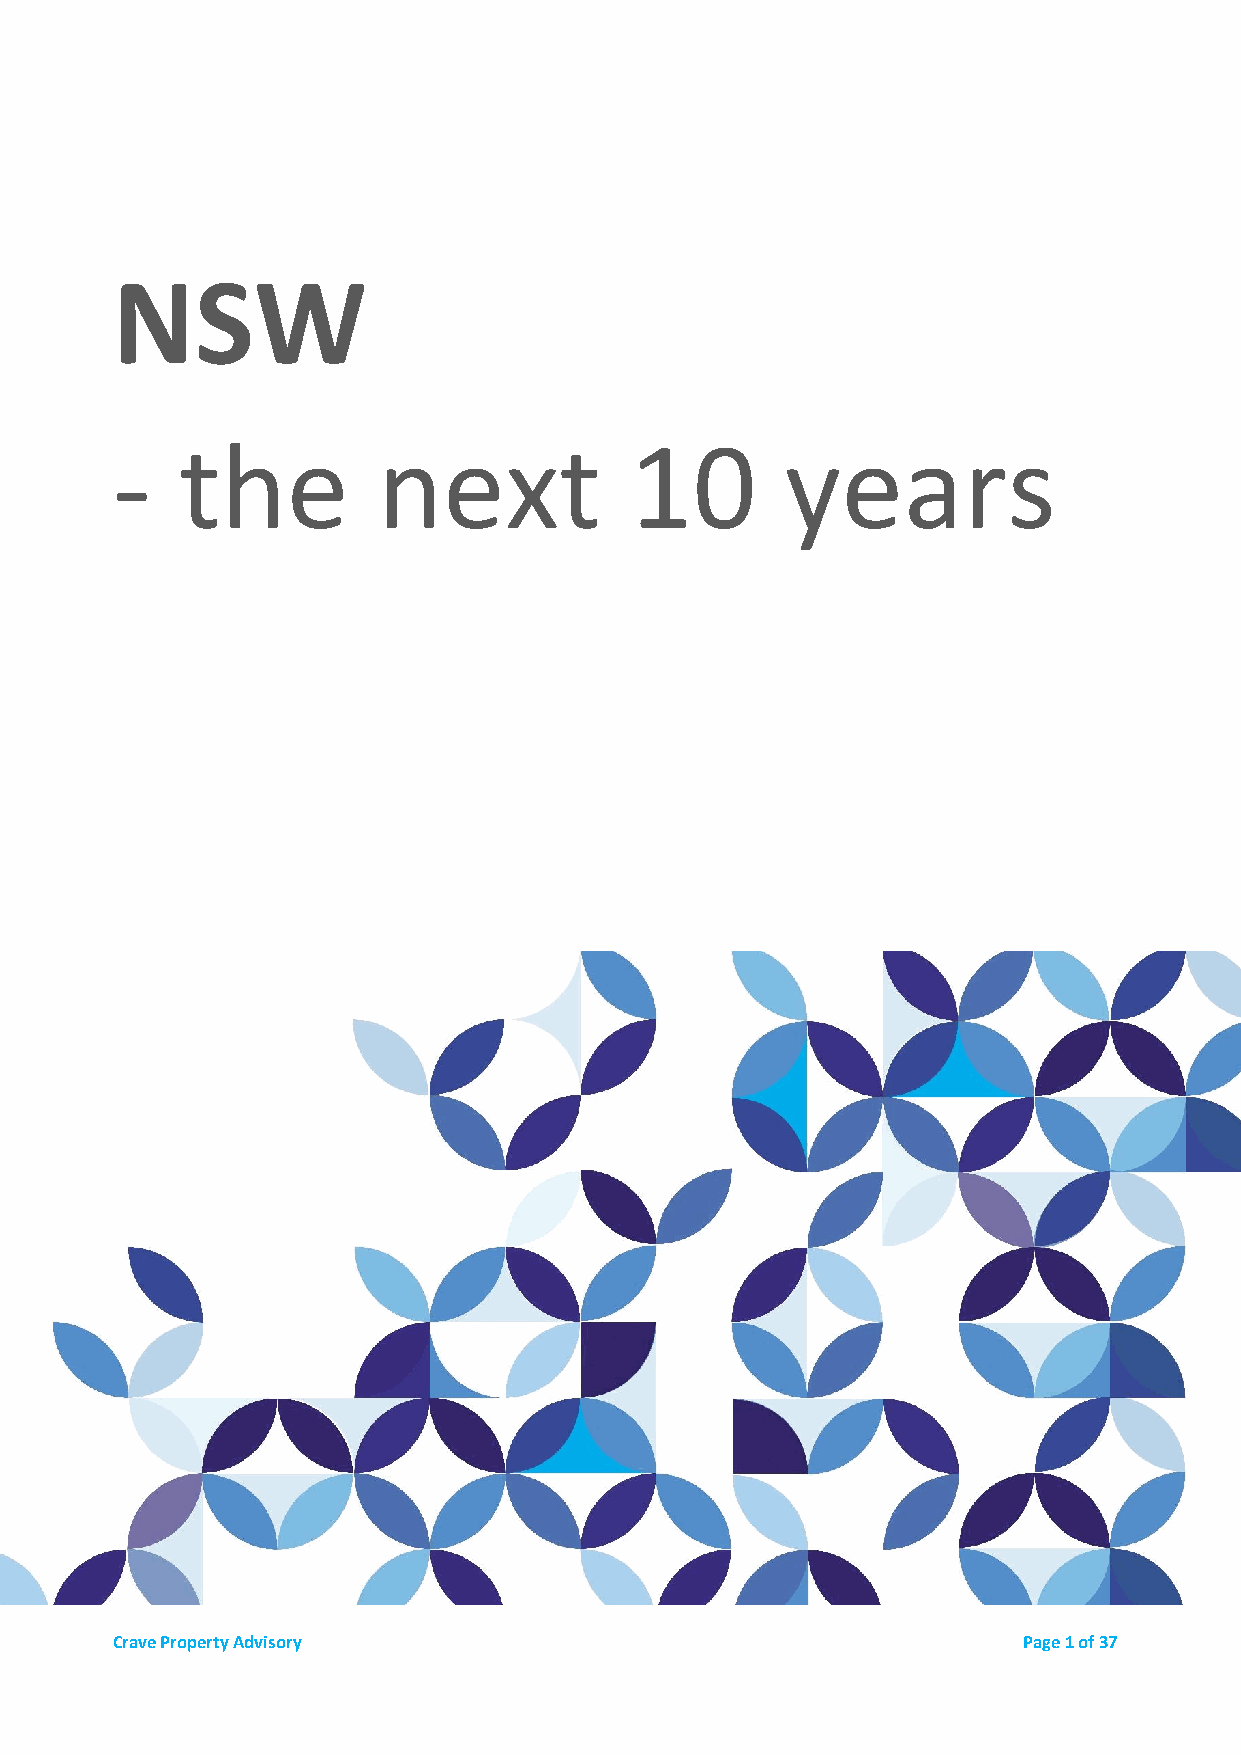
NSW
 -    the          next             10        years
 Crave Property Advisory                                      Page 1 of 37